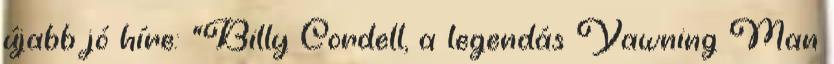
újabb jó híre: "Billy Cordell, a legendás Yawning Man